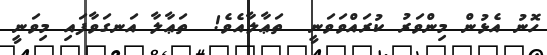
ހޮނު އެޅުން މިންވަރު ކުރައްވަވަނީ  ތަޢާލާއެވެ!  ތަޢާލާ އަނގަވާފައި މިވަނީ